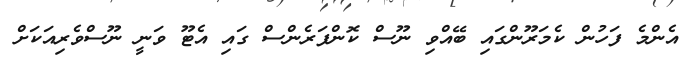
އެންމެ ފަހުން ކެމަރޫންގައި ބޭއްވި ނޫސް ކޮންފަރެންސް ގައި އެޓޫ ވަނީ ނޫސްވެރިއަކަށް